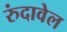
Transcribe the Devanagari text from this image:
रुंदावेल